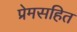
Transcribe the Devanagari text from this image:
प्रेमसहित